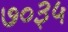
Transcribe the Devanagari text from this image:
७०३५